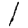
Digit: 1